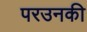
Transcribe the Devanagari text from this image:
परउनकी